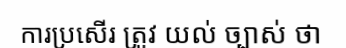
ការប្រសើរ ត្រូវ យល់ ច្បាស់ ថា